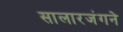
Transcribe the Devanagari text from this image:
सालारजंगने